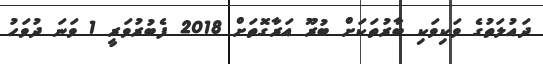
ދައުލަތުގެ ވަކިވަކި ބާރުތަކަށް ބުރޫ އަރާގޮތަށް 2018 ފެބުރުވަރީ 1 ވަނަ ދުވަހު